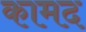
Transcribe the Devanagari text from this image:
कामद